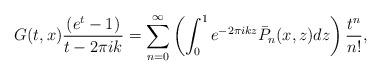
LaTeX: \begin{align*}G(t,x)\frac{\left(e^{t}-1\right)}{t-2\pi i k}=\sum_{n=0}^{\infty}\left(\int_{0}^{1}e^{-2\pi i kz}\bar{P}_{n}(x,z)dz\right)\frac{t^n}{n!},\end{align*}